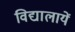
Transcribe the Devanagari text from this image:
विद्यालायें